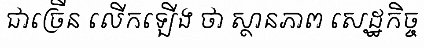
ជាច្រើន លើកឡើង ថា ស្ថានភាព សេដ្ឋកិច្ច